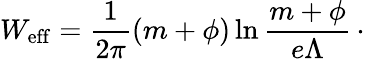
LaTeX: W_{\mathrm{eff}}={\frac{1}{2\pi}}(m+\phi)\ln{\frac{m+\phi}{e\Lambda}}\, \cdotp